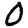
Digit: 0